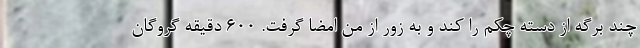
چند برگه از دسته چکم را کند و به زور از من امضا گرفت. 600 دقیقه گروگان